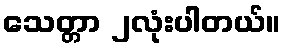
သေတ္တာ ၂လုံးပါတယ်။